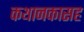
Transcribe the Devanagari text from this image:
कथानकासह